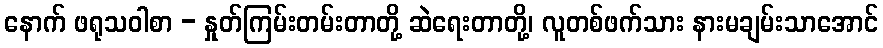
နောက် ဖရုသဝါစာ - နှုတ်ကြမ်းတမ်းတာတို့ ဆဲရေးတာတို့၊ လူတစ်ဖက်သား နားမချမ်းသာအောင်